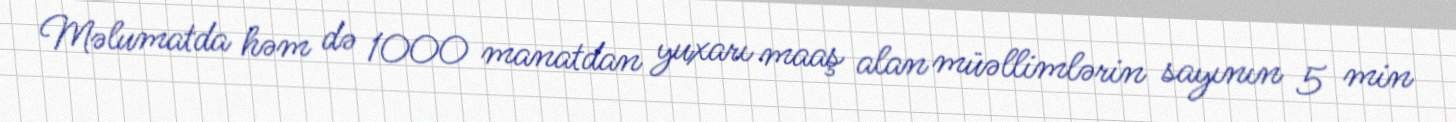
Məlumatda həm də 1000 manatdan yuxarı maaş alan müəllimlərin sayının 5 min